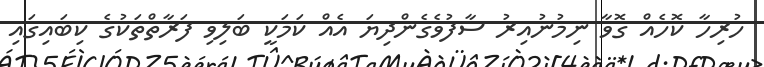
ހުރިހާ ކޮހެއް ގޮވާ ނިމުނުއިރު ސާފުވެގެންދިޔަ އެއް ކަމަކީ ބަލިވި ފަރާތްތަކުގެ ކިބައިގައި